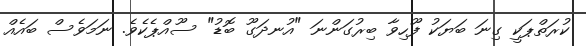
ކުރަތްޕަކީ ގިނަ ބަޔަކު ފޫހިވާ ބިރުގަންނަ "އުނދަގޫ ބޮޑު" ސޫއްޕެކެވެ. ނަމަވެސް ބައެއް